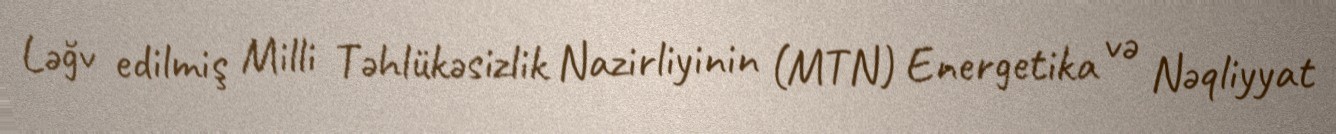
Ləğv edilmiş Milli Təhlükəsizlik Nazirliyinin (MTN) Energetika və Nəqliyyat